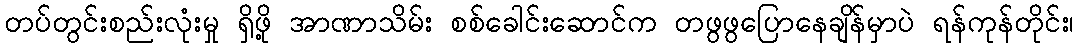
တပ်တွင်းစည်းလုံးမှု ရှိဖို့ အာဏာသိမ်း စစ်ခေါင်းဆောင်က တဖွဖွပြောနေချိန်မှာပဲ ရန်ကုန်တိုင်း၊